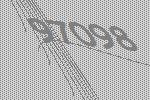
97098